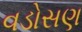
વડોસણ